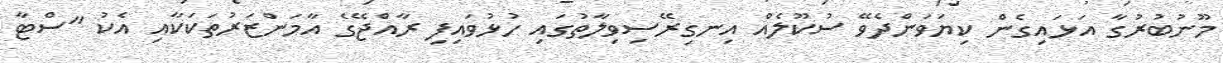
މޫނުބުރުގާ އަޅައިގެން ކިޔަވަންދެވޭ ސުކޫލެއް އިނގިރޭސިވިލާތުގައި ހުޅުވައިފި ރާއްޖޭގެ އާމަންޒަރުތަކަކާއި އެކު "ސްޓާ